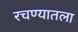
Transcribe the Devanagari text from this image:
रचण्यातला